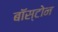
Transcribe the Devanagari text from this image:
बाॅस्टोन